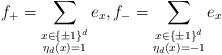
LaTeX: \begin{align*}f_+ = \sum_{\substack{ x\in \{\pm 1\}^d \\ \eta_d(x) = 1 } } e_x ,f_- = \sum_{\substack{ x\in \{\pm 1\}^d \\ \eta_d(x) = -1 } } e_x \end{align*}